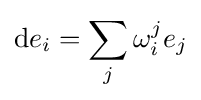
\mathrm {d} e_{i}=\sum _{j}\omega _{i}^{j}e_{j}